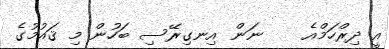
އީ ދިރްހަމްއެ    ނަން އިނގިރޭސި ބަހުން މި ޤައުމުގެ